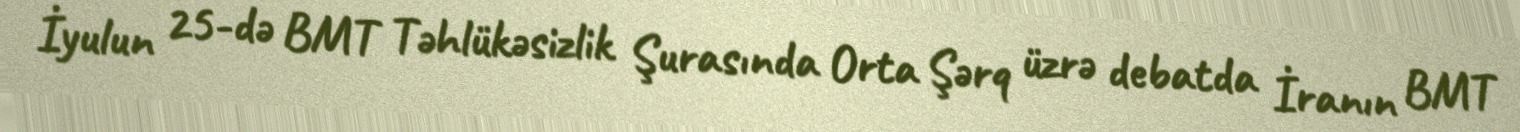
İyulun 25-də BMT Təhlükəsizlik Şurasında Orta Şərq üzrə debatda İranın BMT